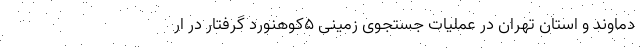
دماوند و استان تهران در عملیات جستجوی زمینی ۵کوهنورد گرفتار در ار